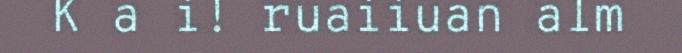
K a i! ruaiiuan alm